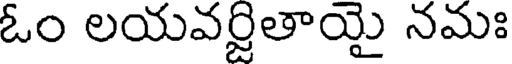
ఓం లయవర్జితాయై నమః